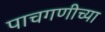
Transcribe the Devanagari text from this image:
पाचगणीच्या